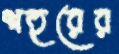
শহুরের